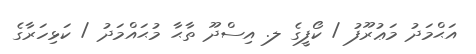
އަޙްމަދު މަޢުރޫފު / ކޯފީގެ ލ. އިސްދޫ ތާޙާ މުޙައްމަދު / ކަޅިހަރާގެ